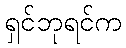
ရှင်ဘုရင်က